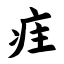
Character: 疰